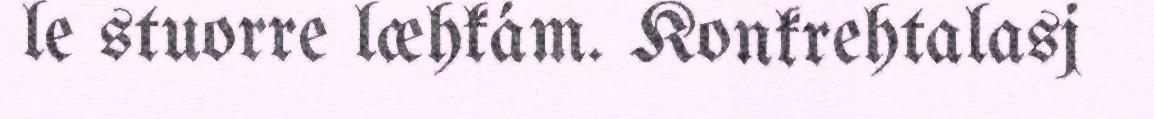
le stuorre læhkám. Konkrehtalasj